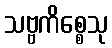
သဗ္ဗကိစ္စေသု